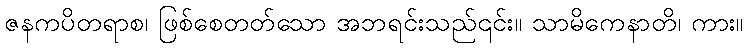
ဇနကပိတရာစ၊ ဖြစ်စေတတ်သော အဘရင်းသည်၎င်း။ သာမိကေနာတိ၊ ကား။